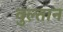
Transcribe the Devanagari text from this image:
वुल्तान